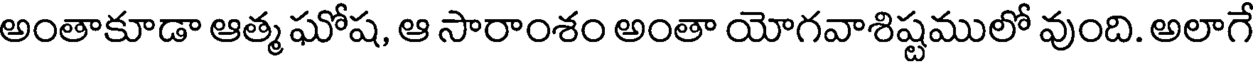
అంతాకూడా ఆత్మ ఘోష, ఆ సారాంశం అంతా యోగవాశిష్టములో వుంది. అలాగే